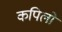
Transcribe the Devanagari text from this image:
कपिलो